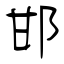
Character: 邯